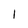
Character: 1